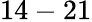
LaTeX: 14-21